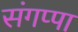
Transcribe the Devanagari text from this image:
संगप्पा